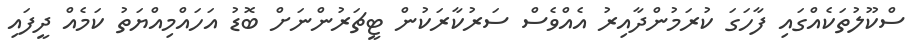
ސްކޫލުތަކެއްގައި ފާހަގަ ކުރަމުންދާއިރު އެއްވެސް ސަރުކާރަކުން ޓީޗަރުންނަށް ބޮޑު އަހައްމިއްޔަތު ކަމެއް ދީފައި